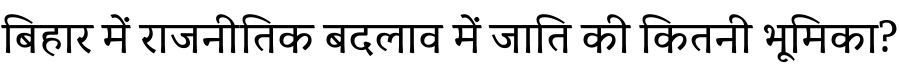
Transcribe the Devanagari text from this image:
बिहार में राजनीतिक बदलाव में जाति की कितनी भूमिका?